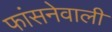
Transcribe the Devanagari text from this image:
फांसनेवाली